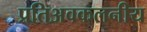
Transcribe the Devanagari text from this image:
प्रतिअवकलनीय